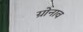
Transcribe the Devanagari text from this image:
ग्रोनाव